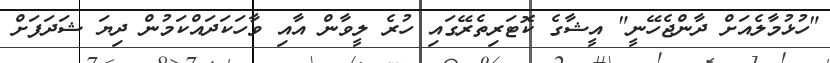
"ހުޅުމާލެއަށް ދާންޖެހޭނީ" އީޝާގެ ކޮޓަރިތެރޭގައި ހުރެ ލީވާން އާއި ވާހަކަދައްކަމުން ދިޔަ ޝަދަފަށް